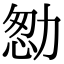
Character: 𠡻